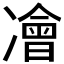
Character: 𠘎